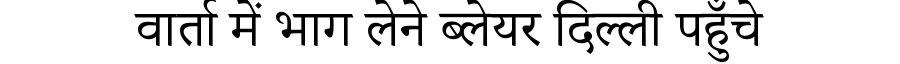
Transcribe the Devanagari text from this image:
वार्ता में भाग लेने ब्लेयर दिल्ली पहुँचे